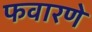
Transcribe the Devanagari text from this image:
फवारणे